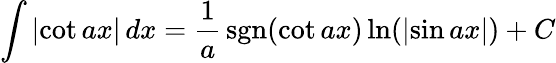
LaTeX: \int\left|\cot{ax}\right|\, dx={\frac{1}{a}}\operatorname{sgn}(\cot{ax})\ln(\left|\sin{ax}\right|)+C